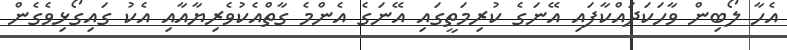
އެހާ ލޯބިން ވާހަކަދައްކާފައި އޭނަގެ ކުރިމަތީގައި އޭނަގެ އެންމެ ގާތްއެކުވެރިޔާއާއި އެކު ގައިގޯޅިވެގެން